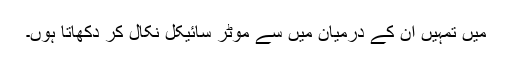
میں تمہیں ان کے درمیان میں سے موٹر سائیکل نکال کر دکھاتا ہوں۔